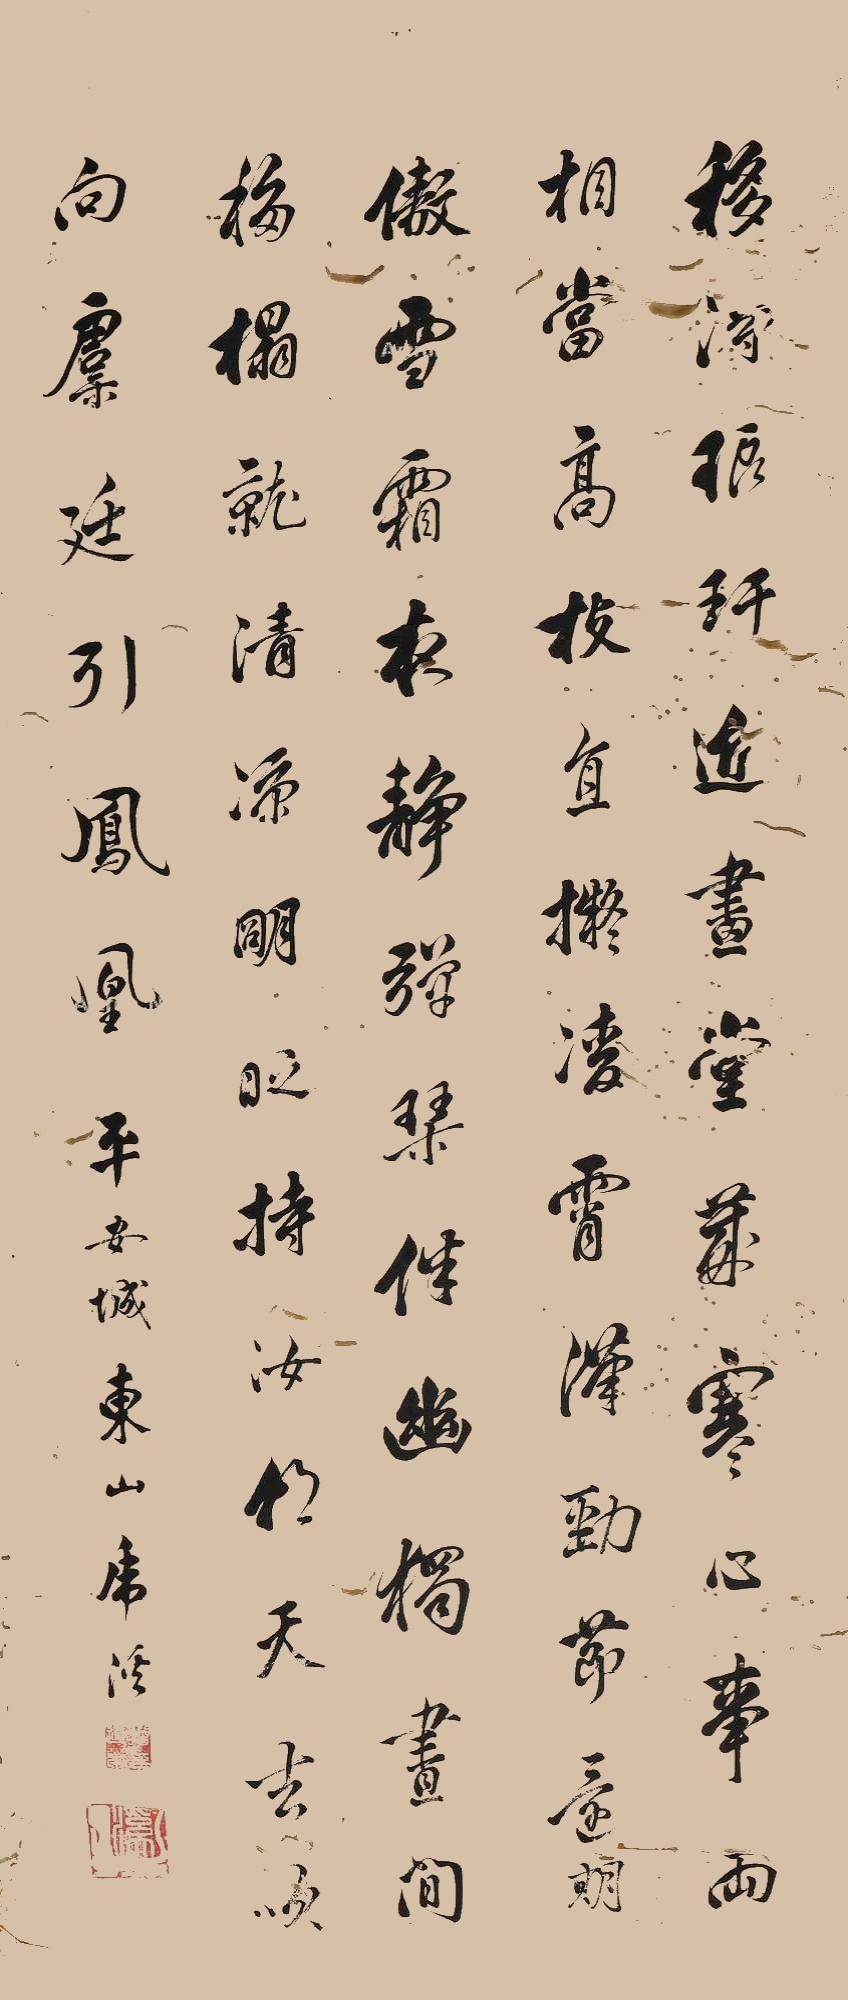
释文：移得琅玕近画堂，岁寒心事两相当。高枝直拟凌霄汉，劲节还期傲雪霜。夜静携琴伴幽独，昼闲移榻就清凉。明时持汝朝天去，吹向虞廷引凤凰。平安城东山虎溪。